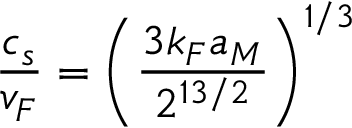
\frac { c _ { s } } { v _ { F } } = \left( \frac { 3 k _ { F } a _ { M } } { 2 ^ { 1 3 / 2 } } \right) ^ { 1 / 3 }